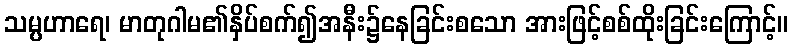
သမ္ပဟာရေ၊ မာတုဂါမ၏နှိပ်စက်၍အနီး၌နေခြင်းစသော အားဖြင့်စစ်ထိုးခြင်းကြောင့်။